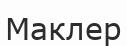
Маклер